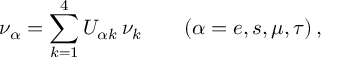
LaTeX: \nu _ { \alpha } = \sum _ { k = 1 } ^ { 4 } U _ { \alpha k } \, \nu _ { k } \qquad ( \alpha = e , s , \mu , \tau ) \, ,